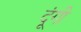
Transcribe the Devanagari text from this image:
दूंगी